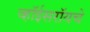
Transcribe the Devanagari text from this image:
व्हॉईसरॉयचे